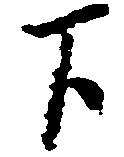
下